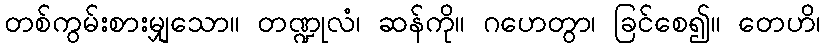
တစ်ကွမ်းစားမျှသော။ တဏ္ဍုလံ၊ ဆန်ကို။ ဂဟေတွာ၊ ခြင်စေ၍။ တေဟိ၊